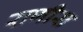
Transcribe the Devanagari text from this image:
राणीस